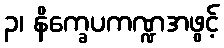
၃၊ နိက္ခေပကဏ္ဍအဖွင့်